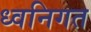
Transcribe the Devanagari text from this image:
ध्वनिगत